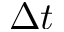
\Delta t